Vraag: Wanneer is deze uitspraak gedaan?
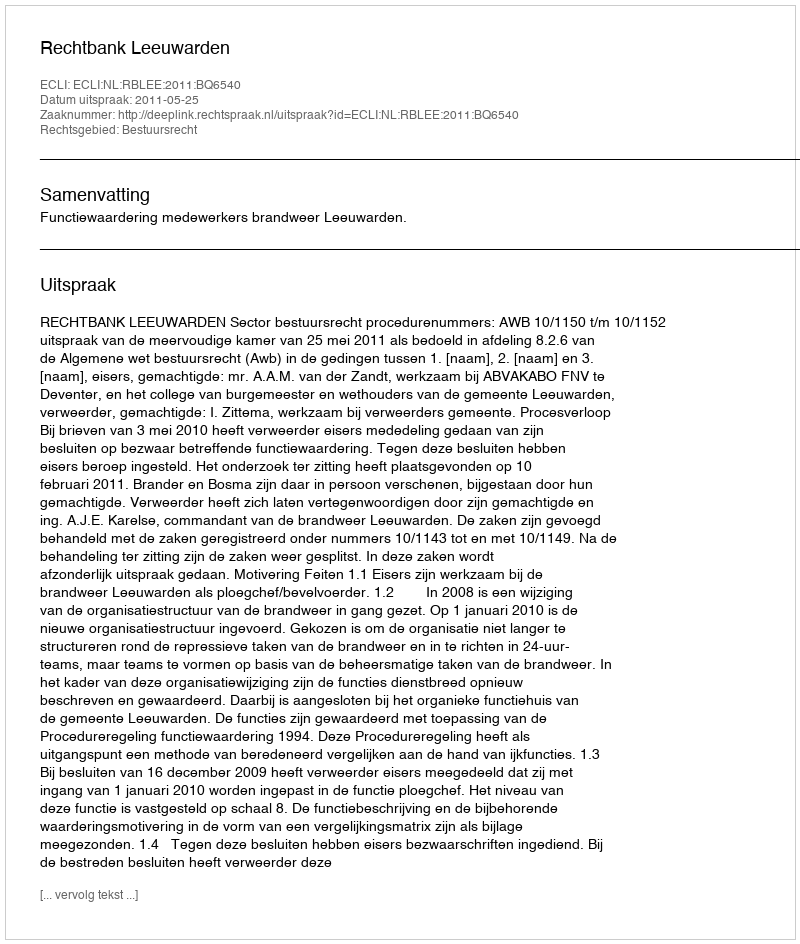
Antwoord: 2011-05-25